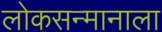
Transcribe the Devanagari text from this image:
लोकसन्मानाला